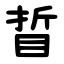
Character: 䀸